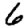
Digit: 6